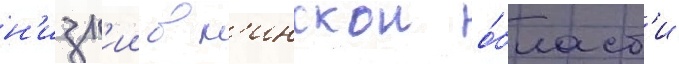
н'изк'ии в м'инскои о́бласт'и